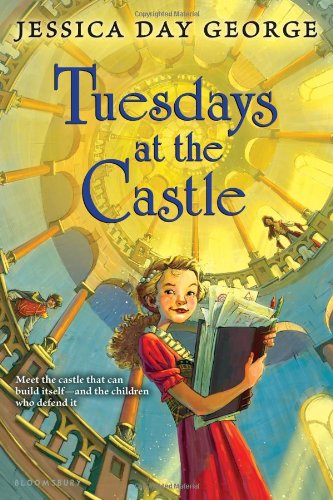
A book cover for Tuesdays at the Castle; Jessica Day George; Children's Books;